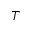
T